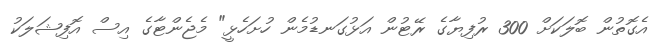
އެގޮތުން ބޮލަކަށް 300 ރުފިޔާގެ ރޭޓުން އަޅުގަނޑުމެން ހުށަހެޅީ" މެޖެންޓާގެ އިސް އޮފިޝަލަކު